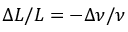
{ \Delta L } / { L } = - { \Delta \nu } / { \nu }